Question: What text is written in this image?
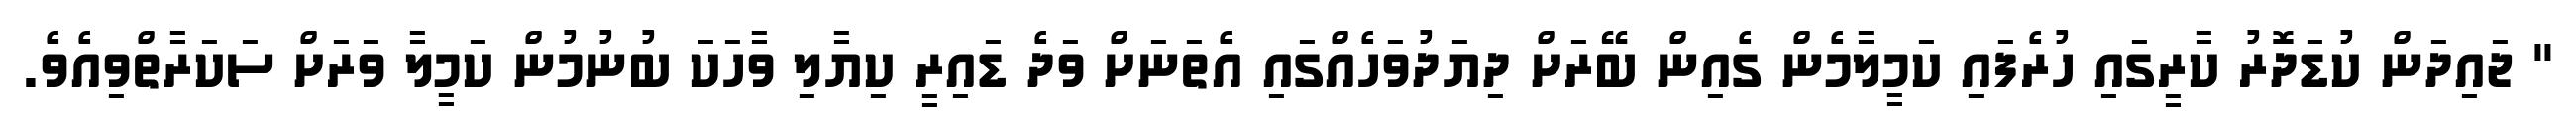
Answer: " ޖައިދަން ކުޑަދޮރު ކާރީގައި ހުރެފައި ކަމީލާމެން ގެއިން ބޭރަށް ދިޔަދުވަހެއްގައި އެތަނަށް ވަދެ ޑައިރީ ކިޔާލި ވާހަކަ ބުނުމުން ކަމީލާ ވަރަށް ސަކަރާތްވިއެވެ.